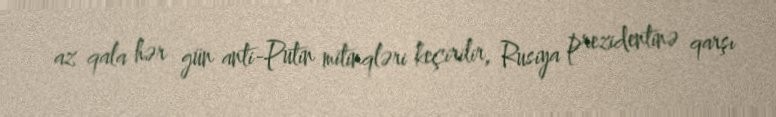
az qala hər gün anti-Putin mitinqləri keçirilir, Rusiya prezidentinə qarşı